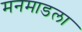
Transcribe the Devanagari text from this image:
मनमाडला